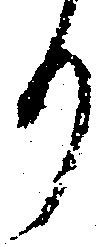
り